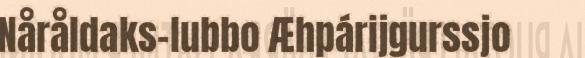
Nåråldaks-lubbo Æhpárijgurssjo